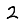
Digit: 2